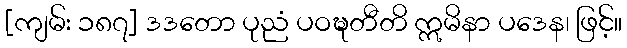
[ကျမ်း ၁၈၇] ဒဒတော ပုညံ ပဝဍ္ဎတီတိ ဣမိနာ ပဒေန၊ ဖြင့်။